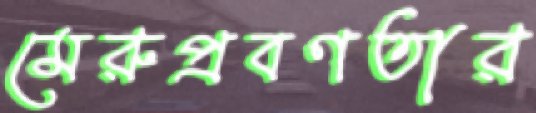
মেরুপ্রবণতার